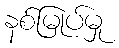
နစ်မြုပ်မှု